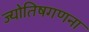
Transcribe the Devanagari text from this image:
ज्योतिषगणना